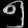
Digit: ၅